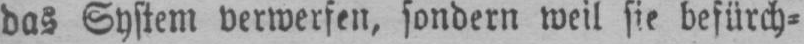
das System verwerfen, sondern weil sie befürch⸗